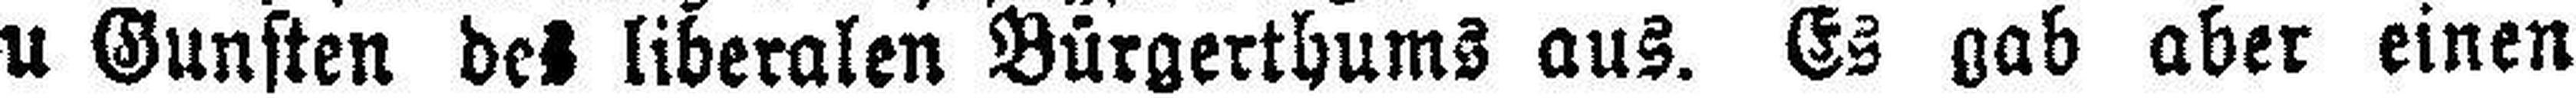
u Gunsten des liberalen Bürgerthums aus. Es gab aber einen